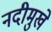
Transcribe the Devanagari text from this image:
नदीमुखे